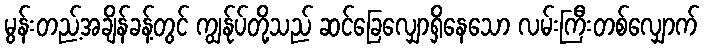
မွန်းတည့်အချိန်ခန့်တွင် ကျွန်ုပ်တို့သည် ဆင်ခြေလျှောရှိနေသော လမ်းကြီးတစ်လျှောက်